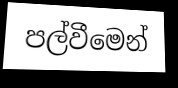
පල්වීමෙන්